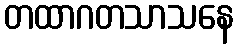
တထာဂတသာသနေ